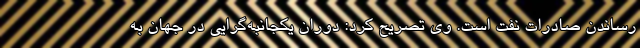
رساندن صادرات نفت است. وی تصریح کرد: دوران یکجانبه‌گرایی در جهان به